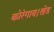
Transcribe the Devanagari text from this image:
कोरेगाव।खेड